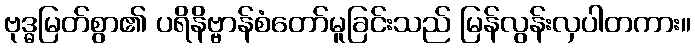
ဗုဒ္ဓမြတ်စွာ၏ ပရိနိဗ္ဗာန်စံတော်မူခြင်းသည် မြန်လွန်းလှပါတကား။